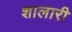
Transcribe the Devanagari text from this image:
शालारी